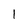
Character: 1